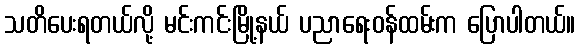
သတိပေးရတယ်လို့ မင်းကင်းမြို့နယ် ပညာရေးဝန်ထမ်းက ပြောပါတယ်။